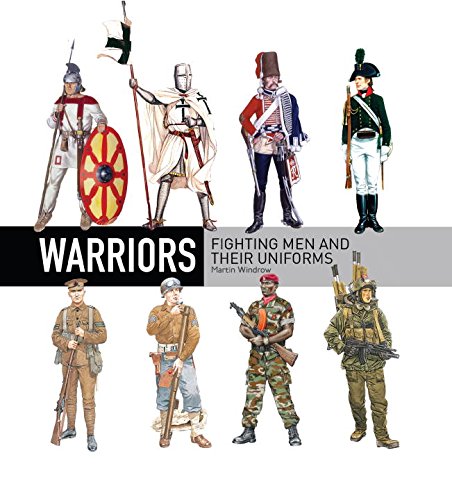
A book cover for Warriors: Fighting Men and their Uniforms (General Military); Martin Windrow; Arts & Photography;